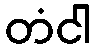
တံငါ